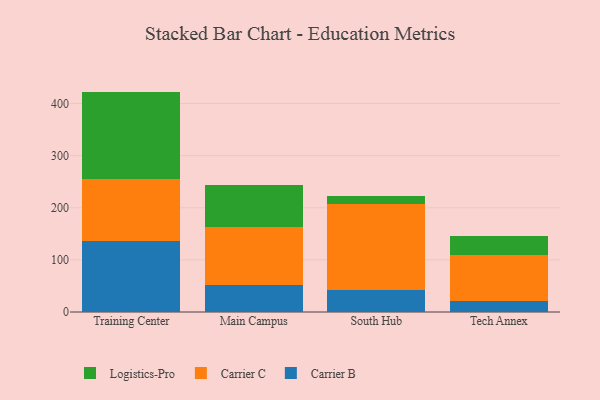
{"axis": {"x": "Campus", "y": "Customer Acquisition Cost (USD)"}, "legend": ["Carrier B", "Carrier C", "Logistics-Pro"], "data": [{"x": "Training Center", "y": 135.3, "type": "Carrier B"}, {"x": "Training Center", "y": 119.1, "type": "Carrier C"}, {"x": "Training Center", "y": 168.5, "type": "Logistics-Pro"}, {"x": "Main Campus", "y": 52.1, "type": "Carrier B"}, {"x": "Main Campus", "y": 110.1, "type": "Carrier C"}, {"x": "Main Campus", "y": 81.8, "type": "Logistics-Pro"}, {"x": "South Hub", "y": 42.8, "type": "Carrier B"}, {"x": "South Hub", "y": 165.0, "type": "Carrier C"}, {"x": "South Hub", "y": 14.1, "type": "Logistics-Pro"}, {"x": "Tech Annex", "y": 20.7, "type": "Carrier B"}, {"x": "Tech Annex", "y": 89.2, "type": "Carrier C"}, {"x": "Tech Annex", "y": 35.8, "type": "Logistics-Pro"}]}